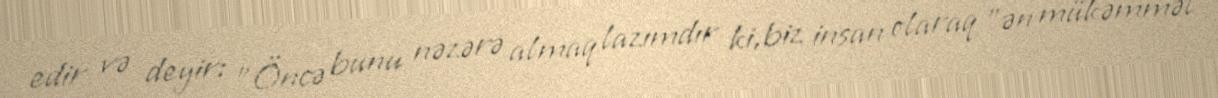
edir və deyir: "Öncə bunu nəzərə almaq lazımdır ki,biz insan olaraq "ən mükəmməl